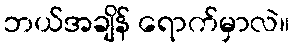
ဘယ်အချိန် ရောက်မှာလဲ။